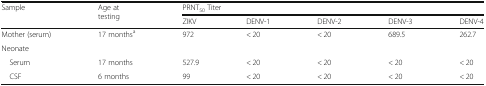
<table><thead><tr><td rowspan="2"><b>Sample</b></td><td rowspan="2"><b>Age at testing</b></td><td colspan="5"><b>PRNT<sub>50</sub> Titer</b></td></tr><tr><td><b>ZIKV</b></td><td><b>DENV-1</b></td><td><b>DENV-2</b></td><td><b>DENV-3</b></td><td><b>DENV-4</b></td></tr></thead><tbody><tr><td>Mother (serum)</td><td>17 months<sup>a</sup></td><td>972</td><td>&lt; 20</td><td>&lt; 20</td><td>689.5</td><td>262.7</td></tr><tr><td colspan="7">Neonate</td></tr><tr><td> Serum</td><td>17 months</td><td>527.9</td><td>&lt; 20</td><td>&lt; 20</td><td>&lt; 20</td><td>&lt; 20</td></tr><tr><td> CSF</td><td>6 months</td><td>99</td><td>&lt; 20</td><td>&lt; 20</td><td>&lt; 20</td><td>&lt; 20</td></tr></tbody></table>